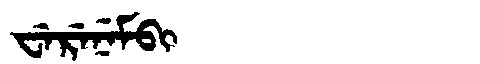
Manchu: ᠸᡝᡵᡝᠨᡝᠮᠪᡳ
Romanization: WERENEMBI